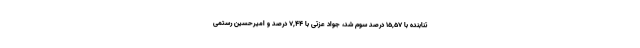
تنابنده با 15,57 درصد سوم شد، جواد عزتی با 7,44 درصد و امیرحسین رستمی